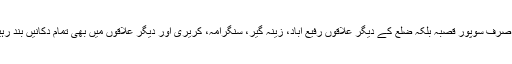
نہ صرف سوپور قصبہ بلکہ ضلع کے دیگر علاقوں رفیع آباد، زینہ گیر، سنگرامہ، کریری اور دیگر علاقوں میں بھی تمام دکانیں بند رہیں۔